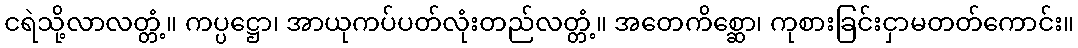
ငရဲသို့လာလတ္တံ့။ ကပ္ပဋ္ဌော၊ အာယုကပ်ပတ်လုံးတည်လတ္တံ့။ အတေကိစ္ဆော၊ ကုစားခြင်းငှာမတတ်ကောင်း။